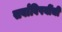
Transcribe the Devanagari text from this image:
सर्वांविषयींची